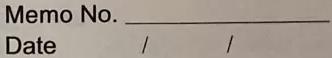
Memo No. \underline{\qquad} \\
Date \underline{\qquad}/\underline{\qquad}/\underline{\qquad}